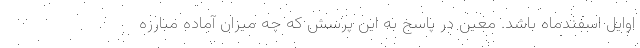
اوایل اسفندماه باشد. معین در پاسخ به این پرسش که چه میزان آماده مبارزه